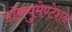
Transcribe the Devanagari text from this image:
डॉक्युमेण्टेशन